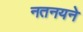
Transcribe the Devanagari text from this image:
नतनयने